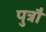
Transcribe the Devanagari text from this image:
पुत्रौ